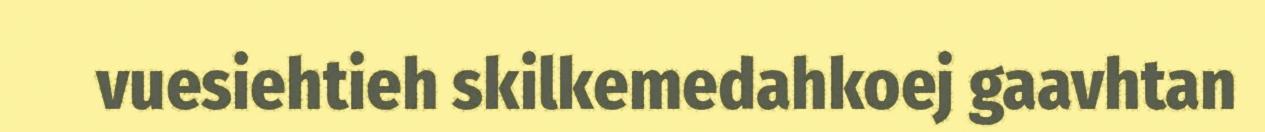
vuesiehtieh skilkemedahkoej gaavhtan